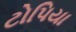
ટોપિયા